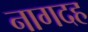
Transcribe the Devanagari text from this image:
नागदह